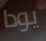
يودا